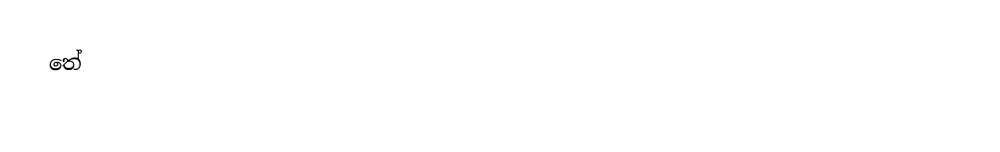
තේ